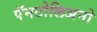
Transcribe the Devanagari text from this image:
पॅनटोलिअनो